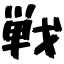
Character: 戦